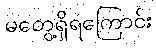
မတွေ့ရှိရကြောင်း